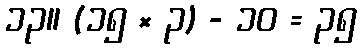
၁၃။ (၁၅ × ၃) - ၁၀ = ၃၅